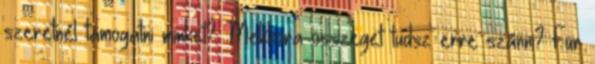
szeretnél támogatni minket? Mekkora összeget tudsz erre szánni? Für